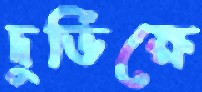
দুর্ভিক্ষে